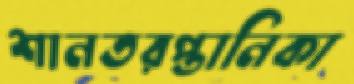
শানতরপ্তানিকা